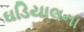
ઘડિયાલના